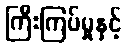
ကြီးကြပ်မှုနှင့်